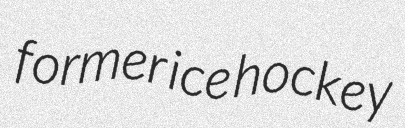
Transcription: former ice hockey